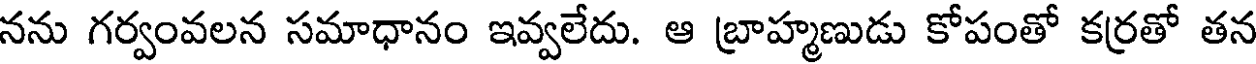
నను గర్వంవలన సమాధానం ఇవ్వలేదు. ఆ బ్రాహ్మణుడు కోపంతో కర్రతో తన